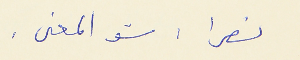
نصرا : شو المعنى .